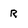
Character: R